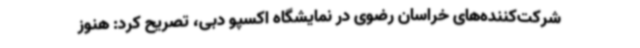
شرکت‌کننده‌های خراسان رضوی در نمایشگاه اکسپو دبی، تصریح کرد: هنوز